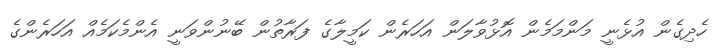
ހެދިގެން އުޅެނީ މަންމަމެން އޮޅުވާލަން އަހަރެން ކަމީލާގެ ފަރާތުން ބޭނުންވަނީ އެންމެކަމެއް އަހަރެންގެ